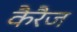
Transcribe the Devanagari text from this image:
कैरैज